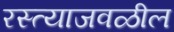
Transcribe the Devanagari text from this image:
रस्त्याजवळील